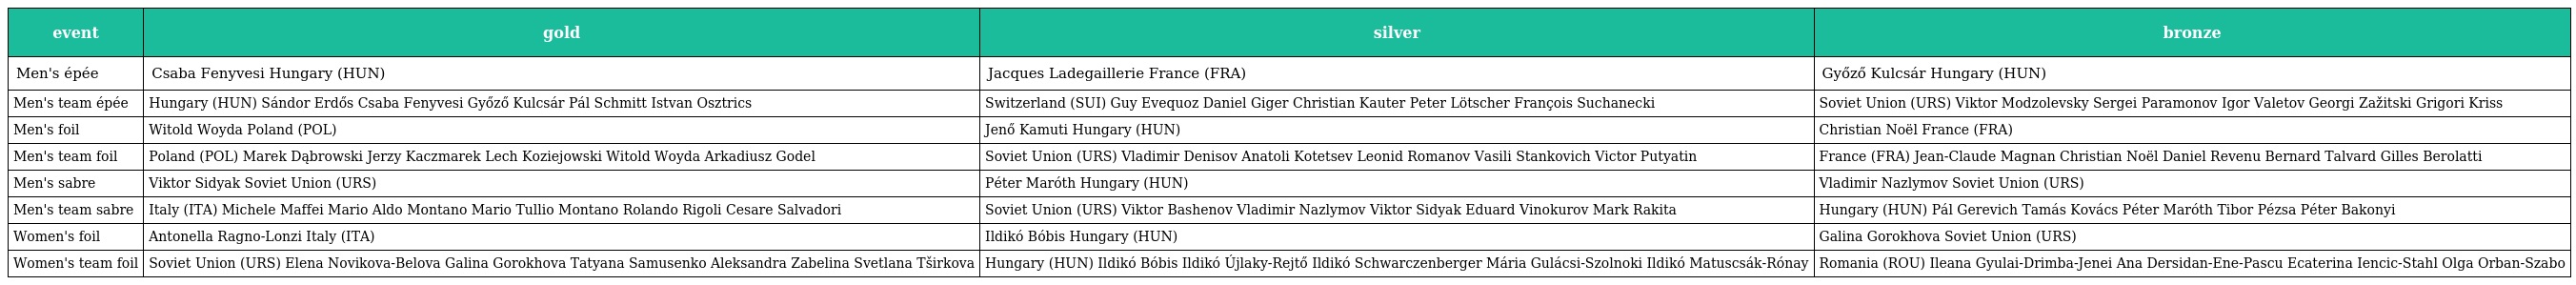
| event | gold | silver | bronze |
 | --- | --- | --- | --- |
 | Men's épée | Csaba Fenyvesi Hungary (HUN) | Jacques Ladegaillerie France (FRA) | Győző Kulcsár Hungary (HUN) |
 | Men's team épée | Hungary (HUN) Sándor Erdős Csaba Fenyvesi Győző Kulcsár Pál Schmitt Istvan Osztrics | Switzerland (SUI) Guy Evequoz Daniel Giger Christian Kauter Peter Lötscher François Suchanecki | Soviet Union (URS) Viktor Modzolevsky Sergei Paramonov Igor Valetov Georgi Zažitski Grigori Kriss |
 | Men's foil | Witold Woyda Poland (POL) | Jenő Kamuti Hungary (HUN) | Christian Noël France (FRA) |
 | Men's team foil | Poland (POL) Marek Dąbrowski Jerzy Kaczmarek Lech Koziejowski Witold Woyda Arkadiusz Godel | Soviet Union (URS) Vladimir Denisov Anatoli Kotetsev Leonid Romanov Vasili Stankovich Victor Putyatin | France (FRA) Jean-Claude Magnan Christian Noël Daniel Revenu Bernard Talvard Gilles Berolatti |
 | Men's sabre | Viktor Sidyak Soviet Union (URS) | Péter Maróth Hungary (HUN) | Vladimir Nazlymov Soviet Union (URS) |
 | Men's team sabre | Italy (ITA) Michele Maffei Mario Aldo Montano Mario Tullio Montano Rolando Rigoli Cesare Salvadori | Soviet Union (URS) Viktor Bashenov Vladimir Nazlymov Viktor Sidyak Eduard Vinokurov Mark Rakita | Hungary (HUN) Pál Gerevich Tamás Kovács Péter Maróth Tibor Pézsa Péter Bakonyi |
 | Women's foil | Antonella Ragno-Lonzi Italy (ITA) | Ildikó Bóbis Hungary (HUN) | Galina Gorokhova Soviet Union (URS) |
 | Women's team foil | Soviet Union (URS) Elena Novikova-Belova Galina Gorokhova Tatyana Samusenko Aleksandra Zabelina Svetlana Tširkova | Hungary (HUN) Ildikó Bóbis Ildikó Újlaky-Rejtő Ildikó Schwarczenberger Mária Gulácsi-Szolnoki Ildikó Matuscsák-Rónay | Romania (ROU) Ileana Gyulai-Drimba-Jenei Ana Dersidan-Ene-Pascu Ecaterina Iencic-Stahl Olga Orban-Szabo |